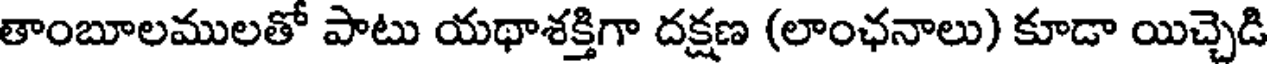
తాంబూలములతో పాటు యథాశక్తిగా దక్షణ (లాంఛనాలు) కూడా యిచ్చెడి